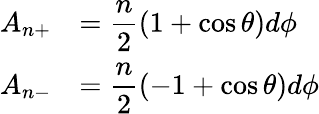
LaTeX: \begin{array}{cl}{{A_{n+}}}&{{={\displaystyle\frac{n}{2}}(1+\cos\theta)d\phi}}\\ {{A_{n-}}}&{{={\displaystyle\frac{n}{2}}(-1+\cos\theta)d\phi}}\end{array}